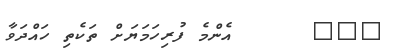
١٢٥      އެންމެ ފުރިހަމަޔަށް ތަކެތި ހައްދަވާ